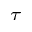
_ \tau